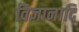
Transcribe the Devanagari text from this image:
विज्ञानादि